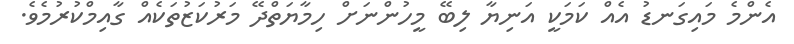
އެންމެ މައިގަނޑު އެއް ކަމަކީ އަނިޔާ ލިބޭ މީހުންނަށް ހިމާޔަތްދޭ މަރުކަޒުތަކެއް ގާއިމްކުރުމެވެ.